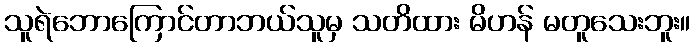
သူရဲဘောကြောင်တာဘယ်သူမှ သတိထား မိဟန် မတူသေးဘူး။